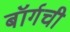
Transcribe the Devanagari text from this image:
बॉर्गची